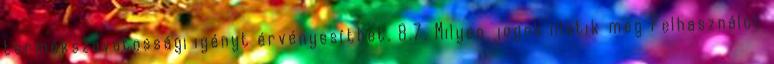
termékszavatossági igényt érvényesíthet. 8.7. Milyen jogok illetik meg Felhasználót